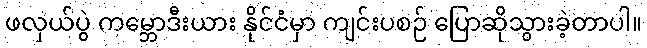
ဖလှယ်ပွဲ ကမ္ဘောဒီးယား နိုင်ငံမှာ ကျင်းပစဉ် ပြောဆိုသွားခဲ့တာပါ။